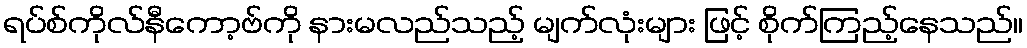
ရပ်စ်ကိုလ်နီကော့ဗ်ကို နားမလည်သည့် မျက်လုံးများ ဖြင့် စိုက်ကြည့်နေသည်။